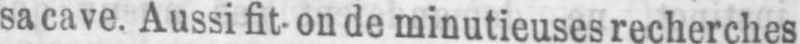
sa cave. Aussi fit-on de minutieuses recherches